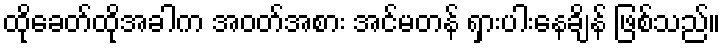
ထိုခေတ်ထိုအခါက အဝတ်အစား အင်မတန် ရှားပါးနေချိန် ဖြစ်သည်။